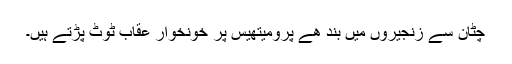
چٹان سے زنجیروں میں بند ھے پرومیتھیس پر خونخوار عقاب ٹوٹ پڑتے ہیں۔